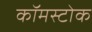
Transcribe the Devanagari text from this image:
कॉमस्टोक